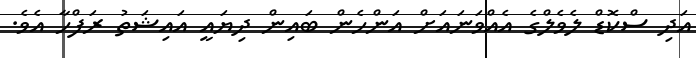
އަދި ސްކޮޑް ލެވެލްގެ އެއްވަަނައަށް އަންހެން ބައިން ދިޔައީ އައިޝަތު ރަފްހާ އެވެ.